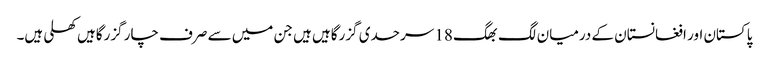
پاکستان اور افغانستان کے درمیان لگ بھگ 18 سرحدی گزرگاہیں ہیں جن میں سے صرف چار گزرگاہیں کھلی ہیں۔